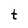
Character: t